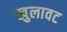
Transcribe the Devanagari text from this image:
खुलावट